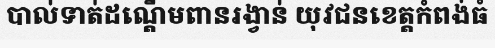
បាល់ទាត់ដណ្តើមពានរង្វាន់ យុវជនខេត្តកំពង់ធំ